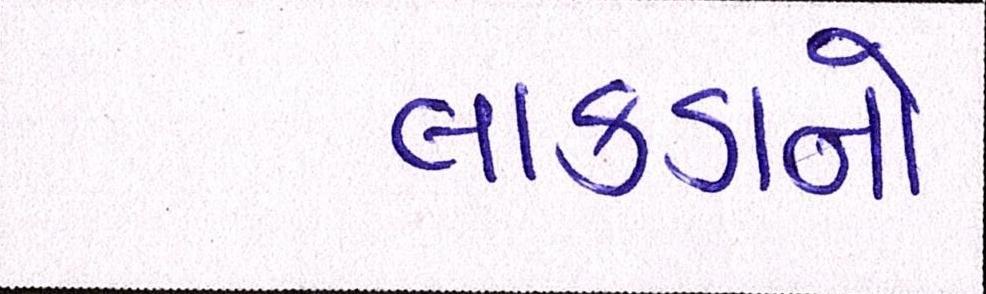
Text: લાકડાનો